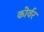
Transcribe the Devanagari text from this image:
कोर्वर